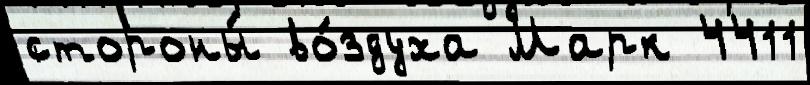
стороны́ во́здуха Марк 4411